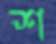
শ